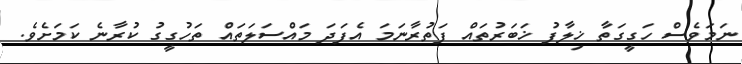
ނަމަވެސް ހަގީގަތާ ޚިލާފު ޚަބަރުތައް ފަތުރާނަމަ އެފަދަ މައްސަލަތައް ތަހުގީގު ކުރާނެ ކަމަށެވެ.